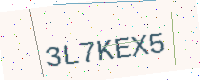
Text: 3L7KEX5